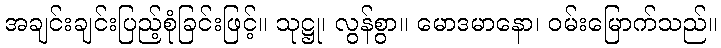
အချင်းချင်းပြည့်စုံခြင်းဖြင့်။ သုဋ္ဌု၊ လွန်စွာ။ မောဒမာနော၊ ဝမ်းမြောက်သည်။